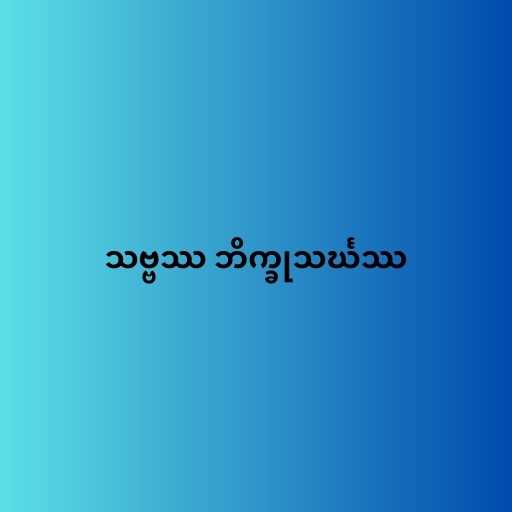
သဗ္ဗဿ ဘိက္ခုသင်္ဃဿ